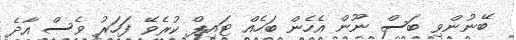
ބޭނުންވި ބަސް ނޫން އެހެން ބަހެއް ޓައިޕް ކުރެވޭ ފަހަރު ވެސް އާދެ